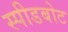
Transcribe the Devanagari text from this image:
स्‍पीडबोट